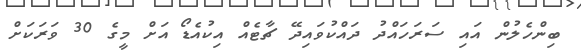
ބިންހެލުން އައި ސަރަހައްދު ދައްކުވައިދޭ ޗާޓެއް އިކުއެޑޯ އަށް މީގެ 30 ވަރަކަށް